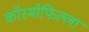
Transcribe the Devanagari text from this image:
कॉस्मोफिल्ला